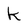
Character: k